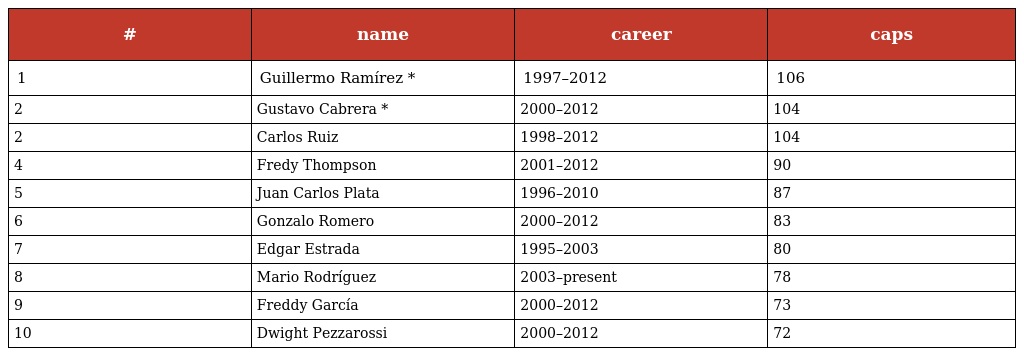
| # | name | career | caps |
 | --- | --- | --- | --- |
 | 1 | Guillermo Ramírez * | 1997–2012 | 106 |
 | 2 | Gustavo Cabrera * | 2000–2012 | 104 |
 | 2 | Carlos Ruiz | 1998–2012 | 104 |
 | 4 | Fredy Thompson | 2001–2012 | 90 |
 | 5 | Juan Carlos Plata | 1996–2010 | 87 |
 | 6 | Gonzalo Romero | 2000–2012 | 83 |
 | 7 | Edgar Estrada | 1995–2003 | 80 |
 | 8 | Mario Rodríguez | 2003–present | 78 |
 | 9 | Freddy García | 2000–2012 | 73 |
 | 10 | Dwight Pezzarossi | 2000–2012 | 72 |